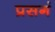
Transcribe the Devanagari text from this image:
प्रसगं